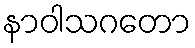
နာဝါသဂတော